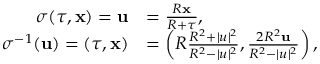
{ \begin{array} { r l } { \sigma ( \tau , \mathbf { x } ) = \mathbf { u } } & { = { \frac { R \mathbf { x } } { R + \tau } } , } \\ { \sigma ^ { - 1 } ( \mathbf { u } ) = ( \tau , \mathbf { x } ) } & { = \left( R { \frac { R ^ { 2 } + | u | ^ { 2 } } { R ^ { 2 } - | u | ^ { 2 } } } , { \frac { 2 R ^ { 2 } \mathbf { u } } { R ^ { 2 } - | u | ^ { 2 } } } \right) , } \end{array} }